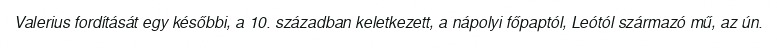
Valerius fordítását egy későbbi, a 10. században keletkezett, a nápolyi főpaptól, Leótól származó mű, az ún.